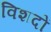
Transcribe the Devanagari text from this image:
विशदों